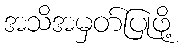
အသိအမှတ်ပြုဖို့